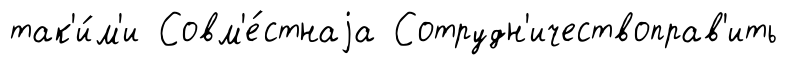
так'и́м'и Совм'е́стнаjа Сотрудн'ичествоправ'ить